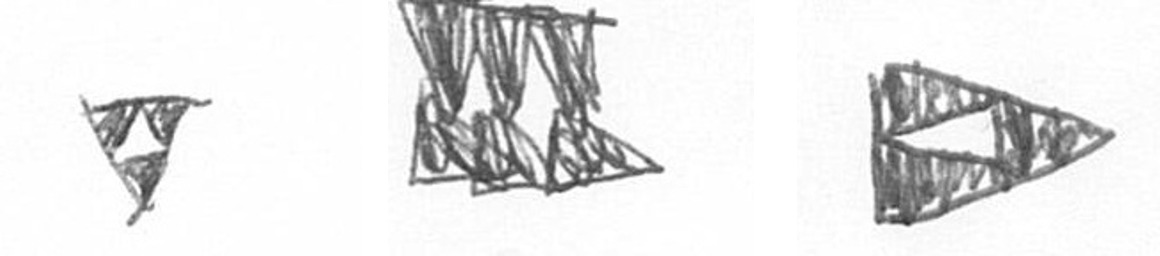
S D K